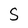
Character: S